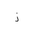
Letter: _thal